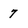
Character: 7